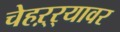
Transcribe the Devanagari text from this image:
चेहऱ्र्‍यावर